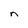
Character: n